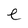
Character: e